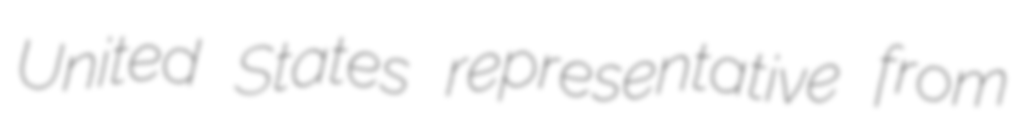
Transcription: United States representative from